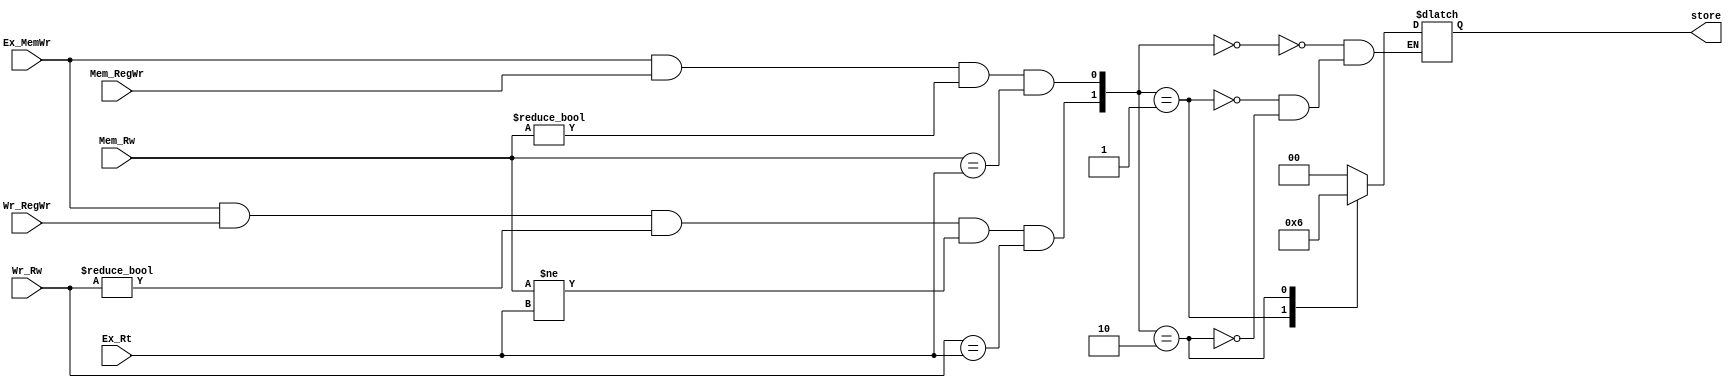
//sw
module StoreDetect(
    input Ex_MemWr,//sw or sb
    input[4:0] Ex_Rt,
    input[4:0] Mem_Rw,
    input Mem_RegWr,
    input[4:0] Wr_Rw,
    input Wr_RegWr,
    output reg[1:0] store//00 Ex_busB  01 Mem_ALUres  00 Wr_busB
);
wire c1,c2;
assign c1=Ex_MemWr&&Mem_RegWr&&(Mem_Rw!=5'h00)&&(Mem_Rw==Ex_Rt);
assign c2=Ex_MemWr&&Wr_RegWr&&(Wr_Rw!=5'h00)&&(Mem_Rw!=Ex_Rt)&&(Wr_Rw==Ex_Rt);
always @(c1 or c2) begin
    case({c2,c1})
    0:store<=2'h0;
    1:store<=2'h1;
    2:store<=2'h2;
    endcase
end
endmodule